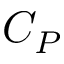
C _ { P }